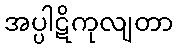
အပ္ပါဋိကုလျတာ